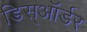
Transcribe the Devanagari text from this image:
डिस्ऑर्डर